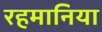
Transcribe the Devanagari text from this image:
रहमानिया